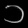
Digit: ၁